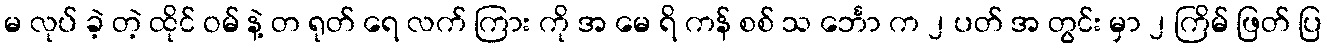
မ လုပ် ခဲ့ တဲ့ ထိုင် ဝမ် နဲ့ တ ရုတ် ရေ လက် ကြား ကို အ မေ ရိ ကန် စစ် သ င်္ဘော က ၂ ပတ် အ တွင်း မှာ ၂ ကြိမ် ဖြတ် ပြ